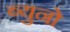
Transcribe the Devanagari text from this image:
ब्युनो